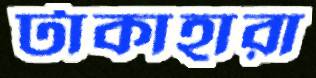
টাকাহারা